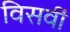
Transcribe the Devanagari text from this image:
विसवीं